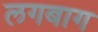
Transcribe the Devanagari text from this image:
लगबाग